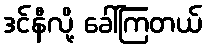
ဒင်နီလို့ ခေါ်ကြတယ်